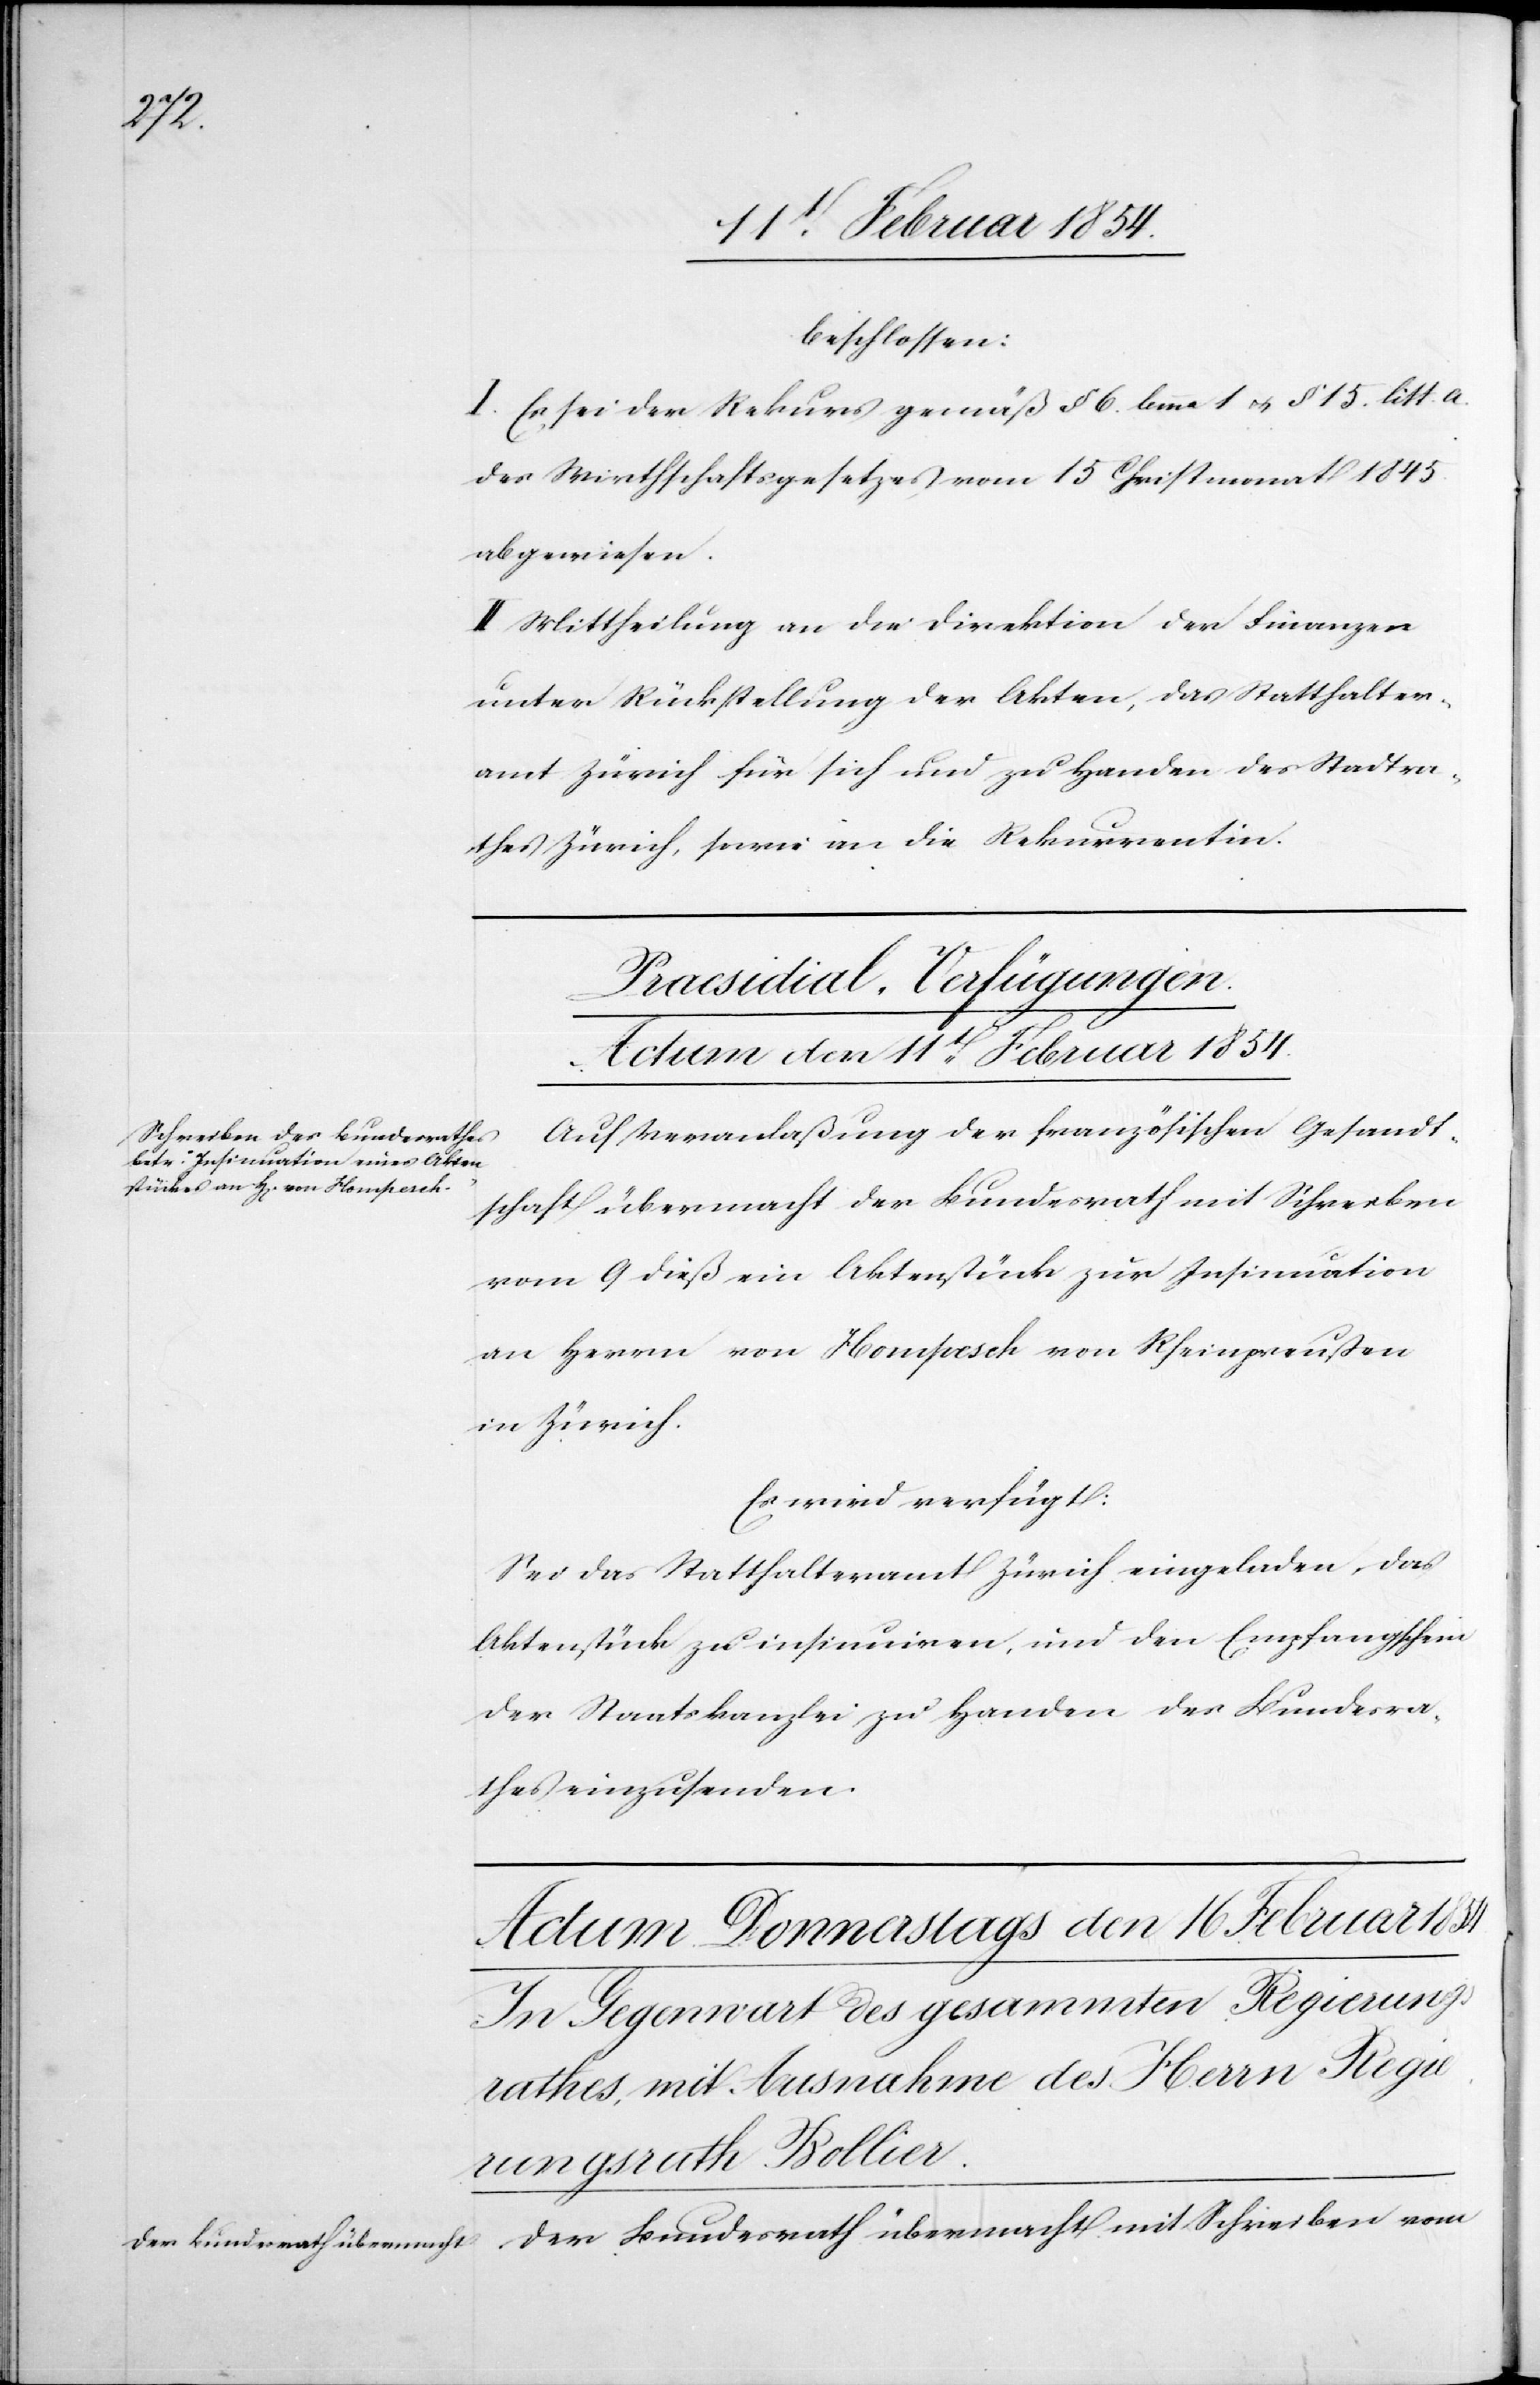
beschlossen:
I. Es sei der Rekurs gemäß § 6. bmma 1 u. § 15. litt. A
des Wirthschaftsgesetzes vom 15 Christmonat 1845
abgewiesen.
II. Mittheilung an die Direktion der Finanzen
unter Rückstellung der Akten, das Statthalter¬
amt Zürich für sich und zu Handen des Stadtra¬
thes Zürich, sowie an die Rekurrentin.
Praesidial-Verfügungen.
Actum den 11t Februar 1854.
Auf Veranlaßung der französischen Gesandt¬
schaft übermacht der Bundesrath mit Schreiben
vom 9 dieß ein Aktenstück zur Insinuation
an Herrn von Hompesch von Rheinpreußen
in Zürich.
Es wird verfügt:
Sei das Statthalteramt Zürich eingeladen, das
Aktenstück zu insinuiren, und den Empfangschein
der Staatskanzlei zu Handen des Bundesra¬
thes einzusenden.
Der Bundesrath übermacht mit Schreiben vom